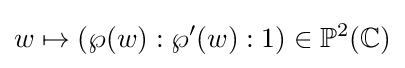
w\mapsto (\wp (w):\wp '(w):1)\in \mathbb {P} ^{2}(\mathbb {C} )